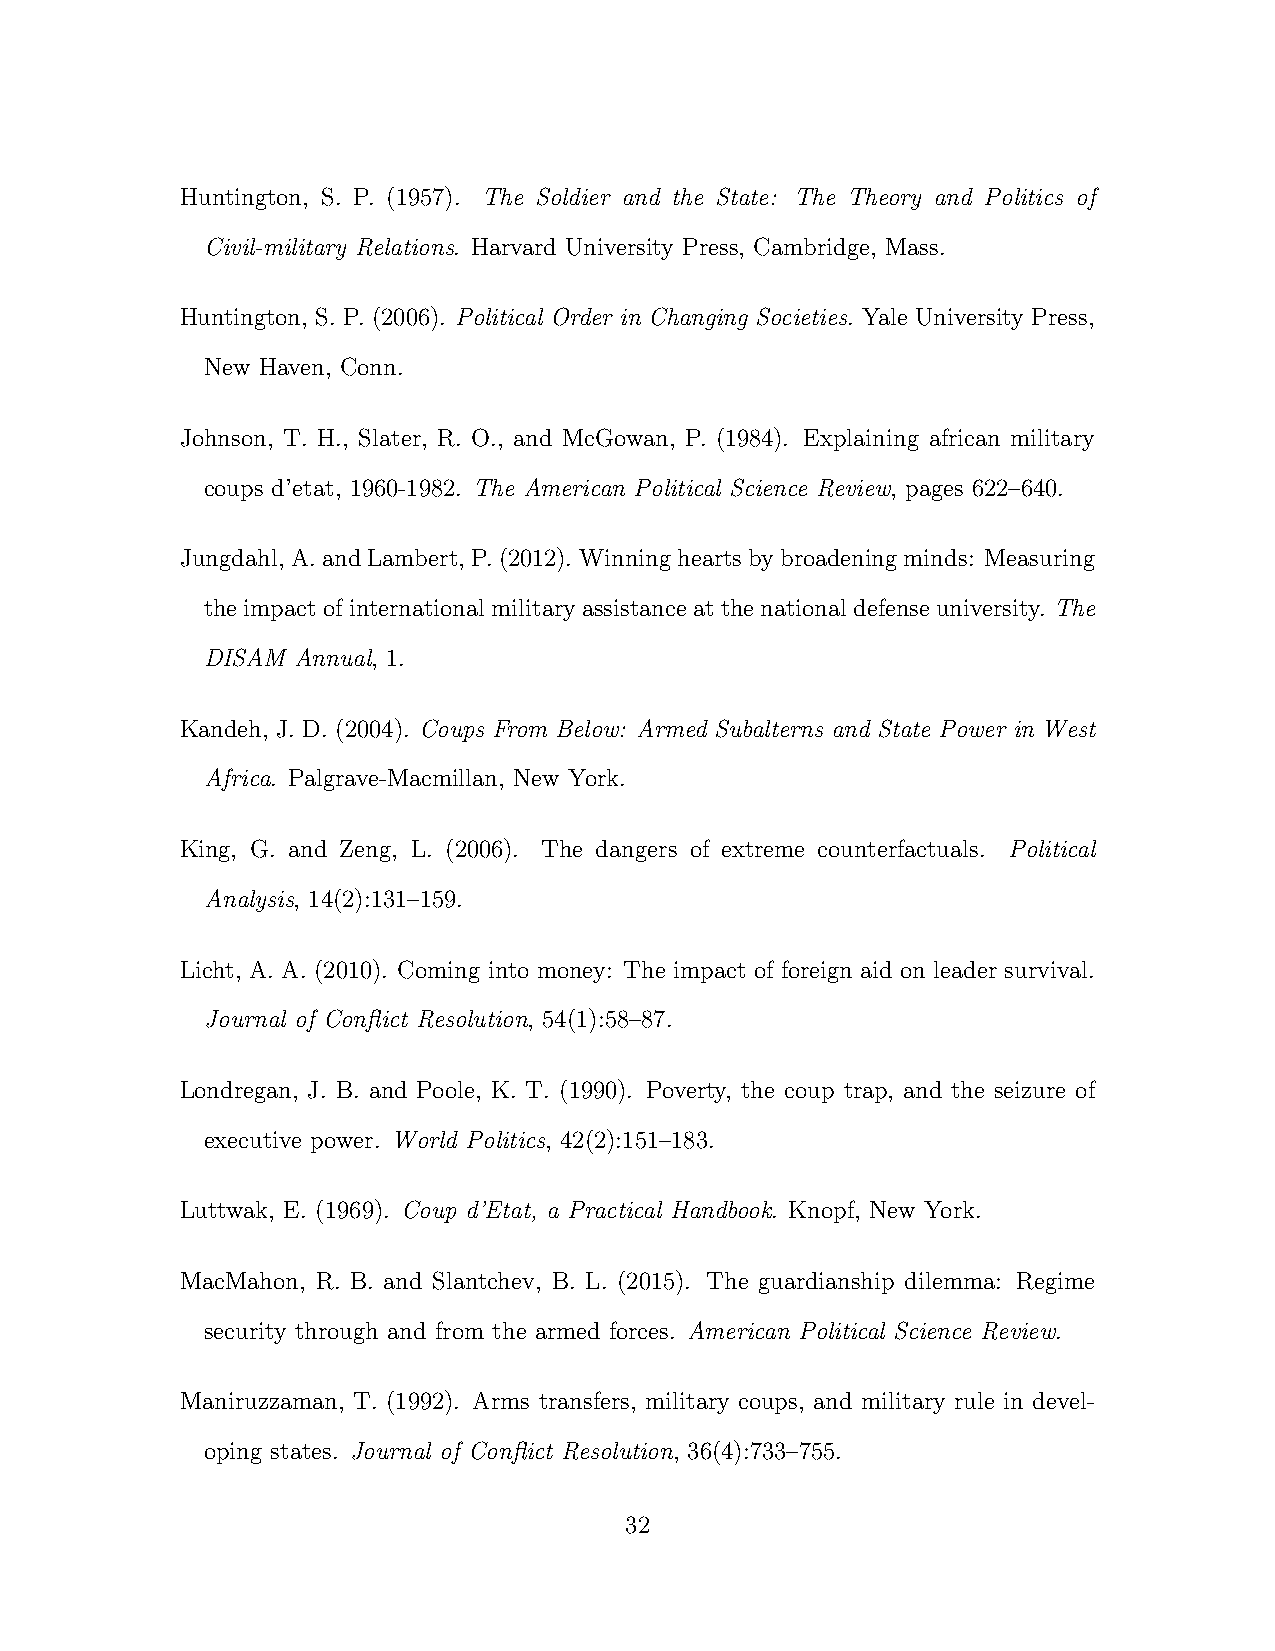
Huntington, S. P. (1957). The Soldier and the State: The Theory and Politics of
 Civil-military Relations. Harvard University Press, Cambridge, Mass.
 Huntington, S. P. (2006). Political Order in Changing Societies. Yale University Press,
 New Haven, Conn.
 Johnson, T. H., Slater, R. O., and McGowan, P. (1984). Explaining african military
 coups d’etat, 1960-1982. The American Political Science Review, pages 622–640.
 Jungdahl, A.andLambert, P.(2012). Winningheartsbybroadeningminds: Measuring
 theimpactofinternationalmilitaryassistanceatthenationaldefenseuniversity. The
 DISAM Annual, 1.
 Kandeh, J. D. (2004). Coups From Below: Armed Subalterns and State Power in West
 Africa. Palgrave-Macmillan, New York.
 King, G. and Zeng, L. (2006). The dangers of extreme counterfactuals. Political
 Analysis, 14(2):131–159.
 Licht, A. A. (2010). Coming into money: The impact of foreign aid on leader survival.
 Journal of Conflict Resolution, 54(1):58–87.
 Londregan, J. B. and Poole, K. T. (1990). Poverty, the coup trap, and the seizure of
 executive power. World Politics, 42(2):151–183.
 Luttwak, E. (1969). Coup d’Etat, a Practical Handbook. Knopf, New York.
 MacMahon, R. B. and Slantchev, B. L. (2015). The guardianship dilemma: Regime
 security through and from the armed forces. American Political Science Review.
 Maniruzzaman, T. (1992). Arms transfers, military coups, and military rule in devel-
 oping states. Journal of Conflict Resolution, 36(4):733–755.
 32